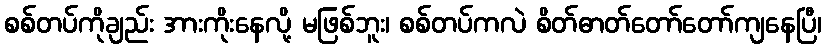
စစ်တပ်ကိုချည်း အားကိုးနေလို့ မဖြစ်ဘူး၊ စစ်တပ်ကလဲ စိတ်ဓာတ်တော်တော်ကျနေပြီ၊